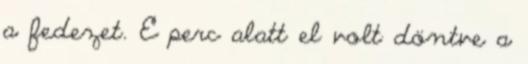
a fedezet. E perc alatt el volt döntve a